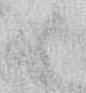
御